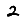
Digit: 2